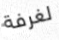
لغرفة